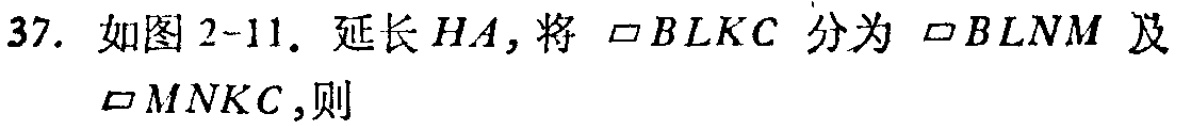
37. 如图 2-11. 延长 \(HA\)，将 \(\parallelogram BLKC\) 分为 \(\parallelogram BLNM\) 及 \(\parallelogram MNKC\)，则